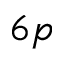
6 p